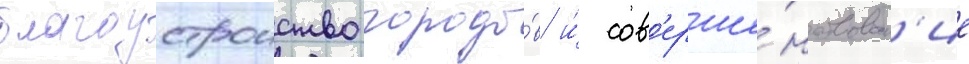
благоустроиство городо́в и́ сов'ерше́нствован'ие